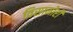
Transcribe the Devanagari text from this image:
विसामोरी